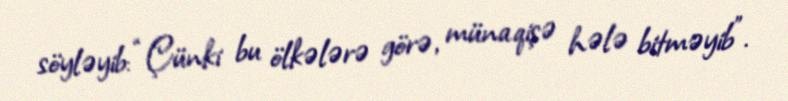
söyləyib: “Çünki bu ölkələrə görə, münaqişə hələ bitməyib”.